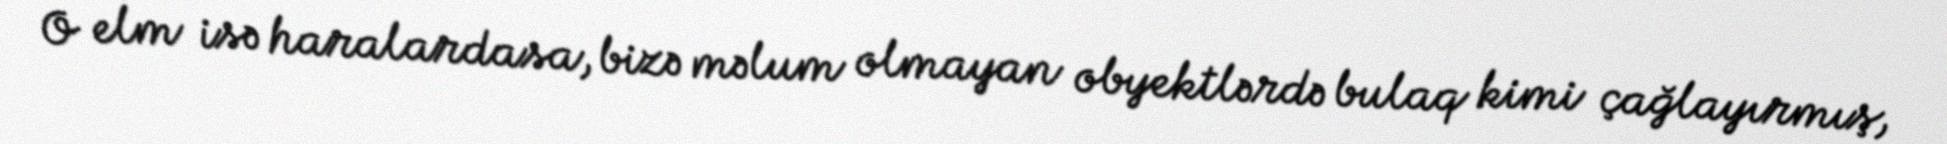
O elm isə haralardasa, bizə məlum olmayan obyektlərdə bulaq kimi çağlayırmış,